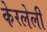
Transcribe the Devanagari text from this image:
केरलेली